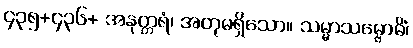
၄၃၅+၄၃၆+ အနုတ္တရံ၊ အတုမရှိသော။ သမ္မာသမ္ဗောဓိံ၊